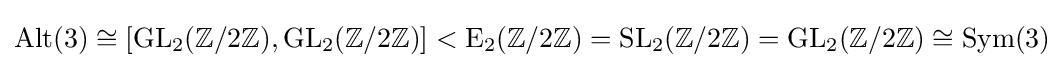
\operatorname {Alt} (3)\cong [\operatorname {GL} _{2}(\mathbb {Z} /2\mathbb {Z} ),\operatorname {GL} _{2}(\mathbb {Z} /2\mathbb {Z} )]<\operatorname {E} _{2}(\mathbb {Z} /2\mathbb {Z} )=\operatorname {SL} _{2}(\mathbb {Z} /2\mathbb {Z} )=\operatorname {GL} _{2}(\mathbb {Z} /2\mathbb {Z} )\cong \operatorname {Sym} (3)